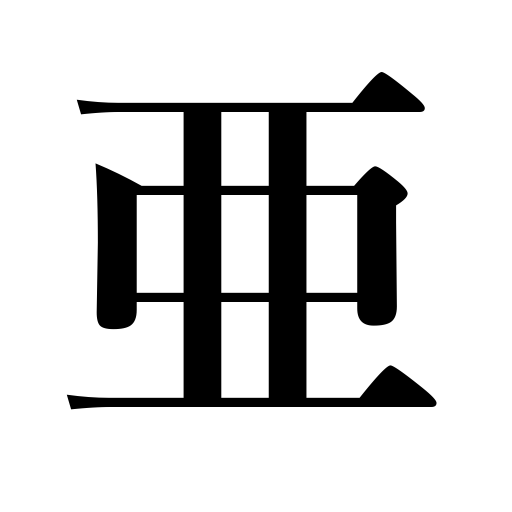
Meanings: rank next,sub,Asia,come after